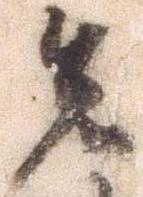
先